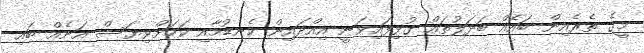
މީގެ ތެރެއިން ބައެއް ބަދަލުތައް ގުޅިފައިވަނީ އިއްދައިން ކެނޑުމާއި ކަމަށްވިޔަސް އަނެއް ބައި